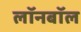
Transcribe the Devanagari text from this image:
लॉनबॉल